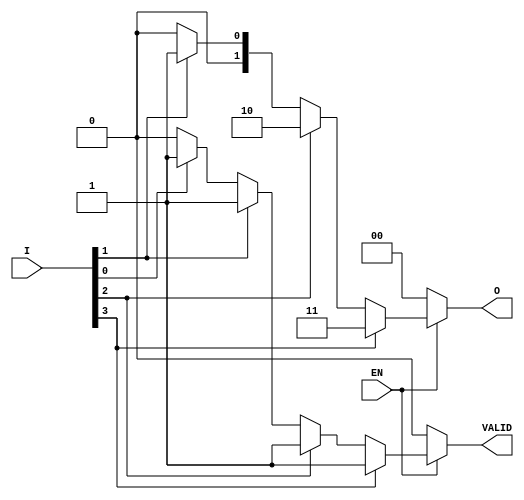
module priority_encoder (
    input wire [3:0] I,     // 4 input lines (I0, I1, I2, I3)
    input wire EN,          // Enable input
    output reg [1:0] O,     // 2-bit output for the index
    output reg VALID        // Output indicating if any input is active
);

always @(*) begin
    // Default values
    O = 2'b00;              // Default output
    VALID = 1'b0;          // Default valid signal

    if (EN) begin
        // Check for the highest priority input
        if (I[3]) begin
            O = 2'b11;     // I3 is high
            VALID = 1'b1;
        end else if (I[2]) begin
            O = 2'b10;     // I2 is high
            VALID = 1'b1;
        end else if (I[1]) begin
            O = 2'b01;     // I1 is high
            VALID = 1'b1;
        end else if (I[0]) begin
            O = 2'b00;     // I0 is high
            VALID = 1'b1;
        end
    end
end

endmodule